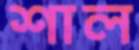
শাল